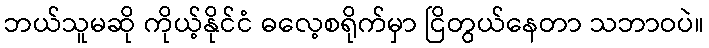
ဘယ်သူမဆို ကိုယ့်နိုင်ငံ ဓလေ့စရိုက်မှာ ငြိတွယ်နေတာ သဘာဝပဲ။